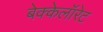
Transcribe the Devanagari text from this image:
बेक्केलॉरेट